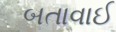
બતાવાઈ